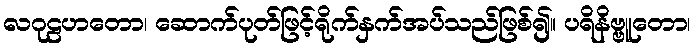
လဂုဠဟတော၊ ဆောက်ပုတ်ဖြင့်ရိုက်နှက်အပ်သည်ဖြစ်၍။ ပရိနိဗ္ဗူတော၊